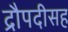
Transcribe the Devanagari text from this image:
द्रौपदीसह